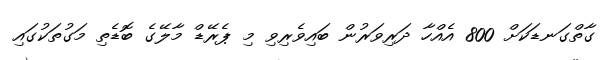
ގާތްގަނޑަކަށް 800 އެއްހާ ދަރިވަރުން ބައިވެރިވި މި ޕެރޭޑް މާލޭގެ ބޮޑެތި މަގުތަކުގައި